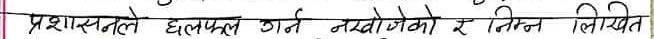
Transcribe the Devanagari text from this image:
प्रशासनले छलफल गर्न नखोजेको र निम्न लिखित